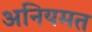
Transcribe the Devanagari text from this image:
अनियमत